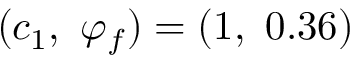
( c _ { 1 } , ~ \varphi _ { f } ) = ( 1 , ~ 0 . 3 6 )